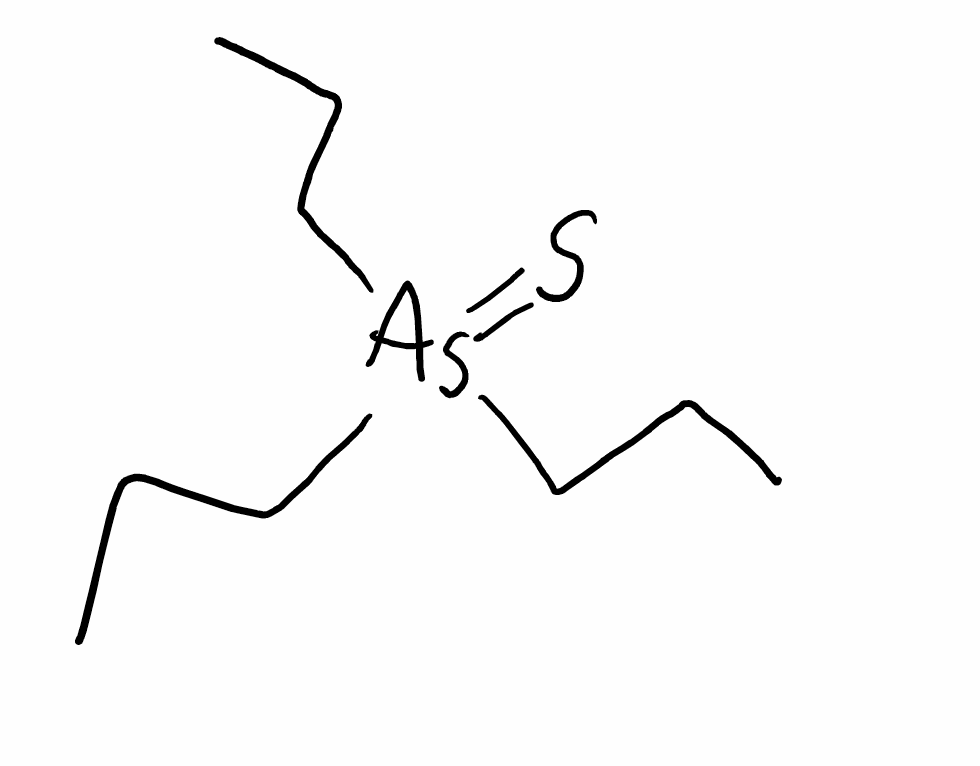
Simplified molecular-input line-entry system (SMILES) notation of the given molecule:
CCC[As](=S)(CCC)CCC